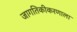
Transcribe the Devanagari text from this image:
जागतिकीकरणाला